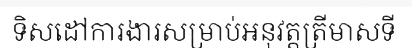
ទិសដៅការងារសម្រាប់អនុវត្តត្រីមាសទី